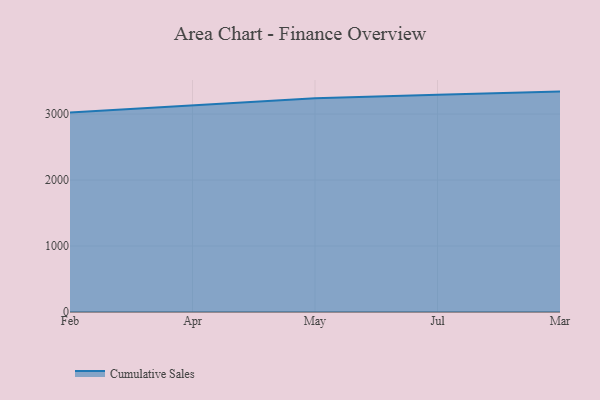
{"axis": {"x": "Month", "y": "Energy Usage (MWh)"}, "legend": ["Cumulative Sales"], "data": [{"x": "Feb", "y": 3025.1, "type": "Cumulative Sales"}, {"x": "Apr", "y": 3132.5, "type": "Cumulative Sales"}, {"x": "May", "y": 3239.6, "type": "Cumulative Sales"}, {"x": "Jul", "y": 3292.8, "type": "Cumulative Sales"}, {"x": "Mar", "y": 3340.4, "type": "Cumulative Sales"}]}